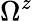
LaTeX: \Omega^{z}